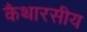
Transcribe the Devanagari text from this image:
कैथारसीय